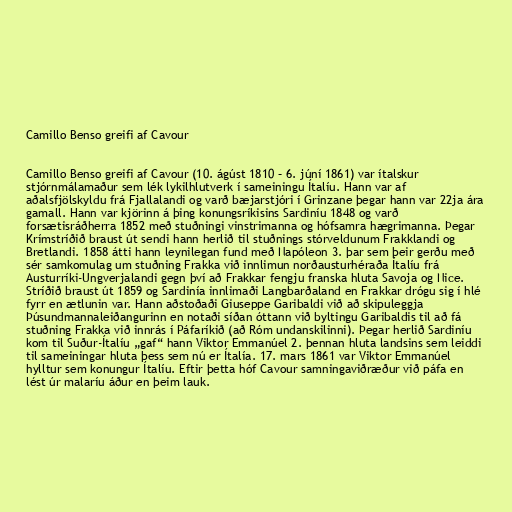
Camillo Benso greifi af Cavour

Camillo Benso greifi af Cavour (10. ágúst 1810 – 6. júní 1861) var ítalskur
stjórnmálamaður sem lék lykilhlutverk í sameiningu Ítalíu. Hann var af
aðalsfjölskyldu frá Fjallalandi og varð bæjarstjóri í Grinzane þegar hann var 22ja ára
gamall. Hann var kjörinn á þing konungsríkisins Sardiníu 1848 og varð
forsætisráðherra 1852 með stuðningi vinstrimanna og hófsamra hægrimanna. Þegar
Krímstríðið braust út sendi hann herlið til stuðnings stórveldunum Frakklandi og
Bretlandi. 1858 átti hann leynilegan fund með Napóleon 3. þar sem þeir gerðu með
sér samkomulag um stuðning Frakka við innlimun norðausturhéraða Ítalíu frá
Austurríki-Ungverjalandi gegn því að Frakkar fengju franska hluta Savoja og Nice.
Stríðið braust út 1859 og Sardinía innlimaði Langbarðaland en Frakkar drógu sig í hlé
fyrr en ætlunin var. Hann aðstoðaði Giuseppe Garibaldi við að skipuleggja
Þúsundmannaleiðangurinn en notaði síðan óttann við byltingu Garibaldis til að fá
stuðning Frakka við innrás í Páfaríkið (að Róm undanskilinni). Þegar herlið Sardiníu
kom til Suður-Ítalíu „gaf“ hann Viktor Emmanúel 2. þennan hluta landsins sem leiddi
til sameiningar hluta þess sem nú er Ítalía. 17. mars 1861 var Viktor Emmanúel
hylltur sem konungur Ítalíu. Eftir þetta hóf Cavour samningaviðræður við páfa en
lést úr malaríu áður en þeim lauk.